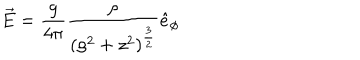
\vec { E } = \frac { g } { 4 \pi } \frac { \rho } { ( \rho ^ { 2 } + z ^ { 2 } ) ^ { \frac { 3 } { 2 } } } \hat { e } _ { \phi }